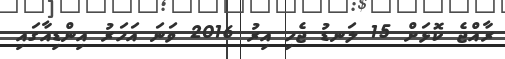
ރާއްޖެ ކޮޅަށް 15 ލަނޑު ޖެހި އިރު 2016 ވަނަ އަހަރު އިންޑިއާގައި